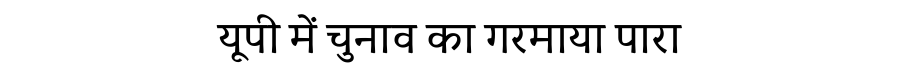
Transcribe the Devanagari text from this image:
यूपी में चुनाव का गरमाया पारा